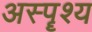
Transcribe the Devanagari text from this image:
अस्पॄश्य